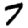
Digit: 7